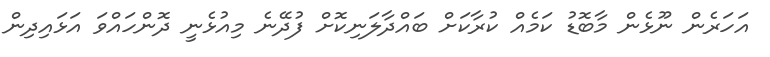
އަހަރެން ނޫޅެން މާބޮޑު ކަމެއް ކުރާކަށް ބައްދާލަނިކޮށް ފުދޭނެ މިއުޅެނީ ދޮންހައްވަ އަޅައިދިން